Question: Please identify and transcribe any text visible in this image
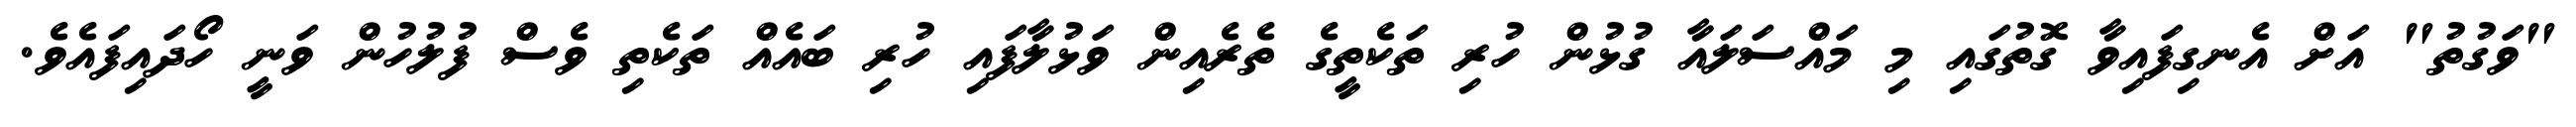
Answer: "ވަގުތު" އަށް އެނގިފައިވާ ގޮތުގައި މި މައްސަލައާ ގުޅުން ހުރި ތަކެތީގެ ތެރެއިން ވަޅުލާފައި ހުރި ބައެއް ތަކެތި ވެސް ފުލުހުން ވަނީ ހޯދައިފައެވެ.